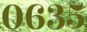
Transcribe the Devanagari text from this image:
०६३५